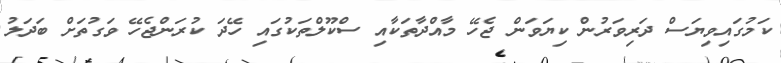
ކަމުގައިވިޔަސް ދަރިވަރުން ކިޔަވަން ޖެހޭ މާއްދާތަކާއި ސްކޫލްތަކުގައި ހޭދަ ކުރަންޖެހޭ ވަގުތަށް ބަދަލު